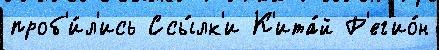
проб'и́л'ись Ссы́лк'и К'ита́й Р'ег'ио́н